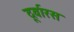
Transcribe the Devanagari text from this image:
दूर्वारस